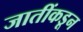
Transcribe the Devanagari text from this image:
जातींकडून